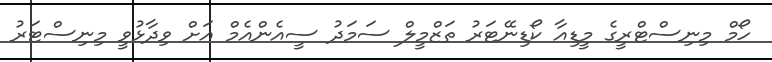
ހޯމް މިނިސްޓްރީގެ މީޑިއާ ކޯޑިނޭޓަރު ތަޒްމީލް ސަމަދު ސީއެންއެމް އަށް ވިދާޅުވީ މިނިސްޓަރު